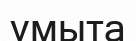
ұмыта